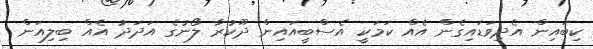
ކިބައިން އެދިވަޑައިގެން އެއް ކަމަކީ އެސްބީއައިން ދޫކުރާ ލޯނުގެ އަދަދު އެއް ބިލިއަން